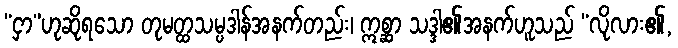
“ငှာ”ဟုဆိုရသော တုမတ္ထသမ္ပဒါန်အနက်တည်း၊ ဣစ္ဆာ သဒ္ဒါ၏အနက်ဟူသည် “လိုလား၏,